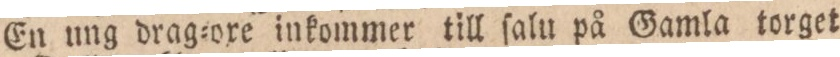
En ung drag=oxe inkommer till ſalu på Gamla torget